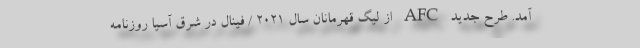
آمد. طرح جدید AFC از لیگ قهرمانان سال 2021 / فینال در شرق آسیا روزنامه